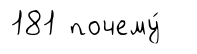
181 почему́